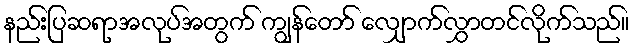
နည်းပြဆရာအလုပ်အတွက် ကျွန်တော် လျှောက်လွှာတင်လိုက်သည်။